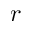
r